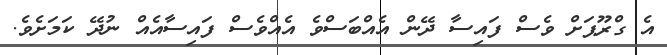
އެ ގްރޫޕަށް ވެސް ފައިސާ ދޭން އެއްބަސްވެ އެއްވެސް ފައިސާއެއް ނުދޭ ކަމަށެވެ.